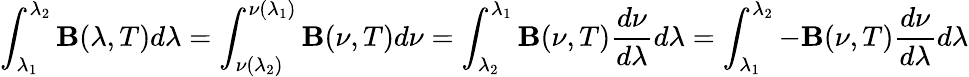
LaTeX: \int_{\lambda_{1}}^{\lambda_{2}}\mathbf{B}(\lambda,T)d\lambda=\int_{\nu(\lambda_{2})}^{\nu(\lambda_{1})}\mathbf{B}(\nu,T)d\nu=\int_{\lambda_{2}}^{\lambda_{1}}\mathbf{B}(\nu,T){\frac{{d\nu}}{{d\lambda}}}d\lambda=\int_{\lambda_{1}}^{\lambda_{2}}-\mathbf{B}(\nu,T){\frac{{d\nu}}{{d\lambda}}}d\lambda